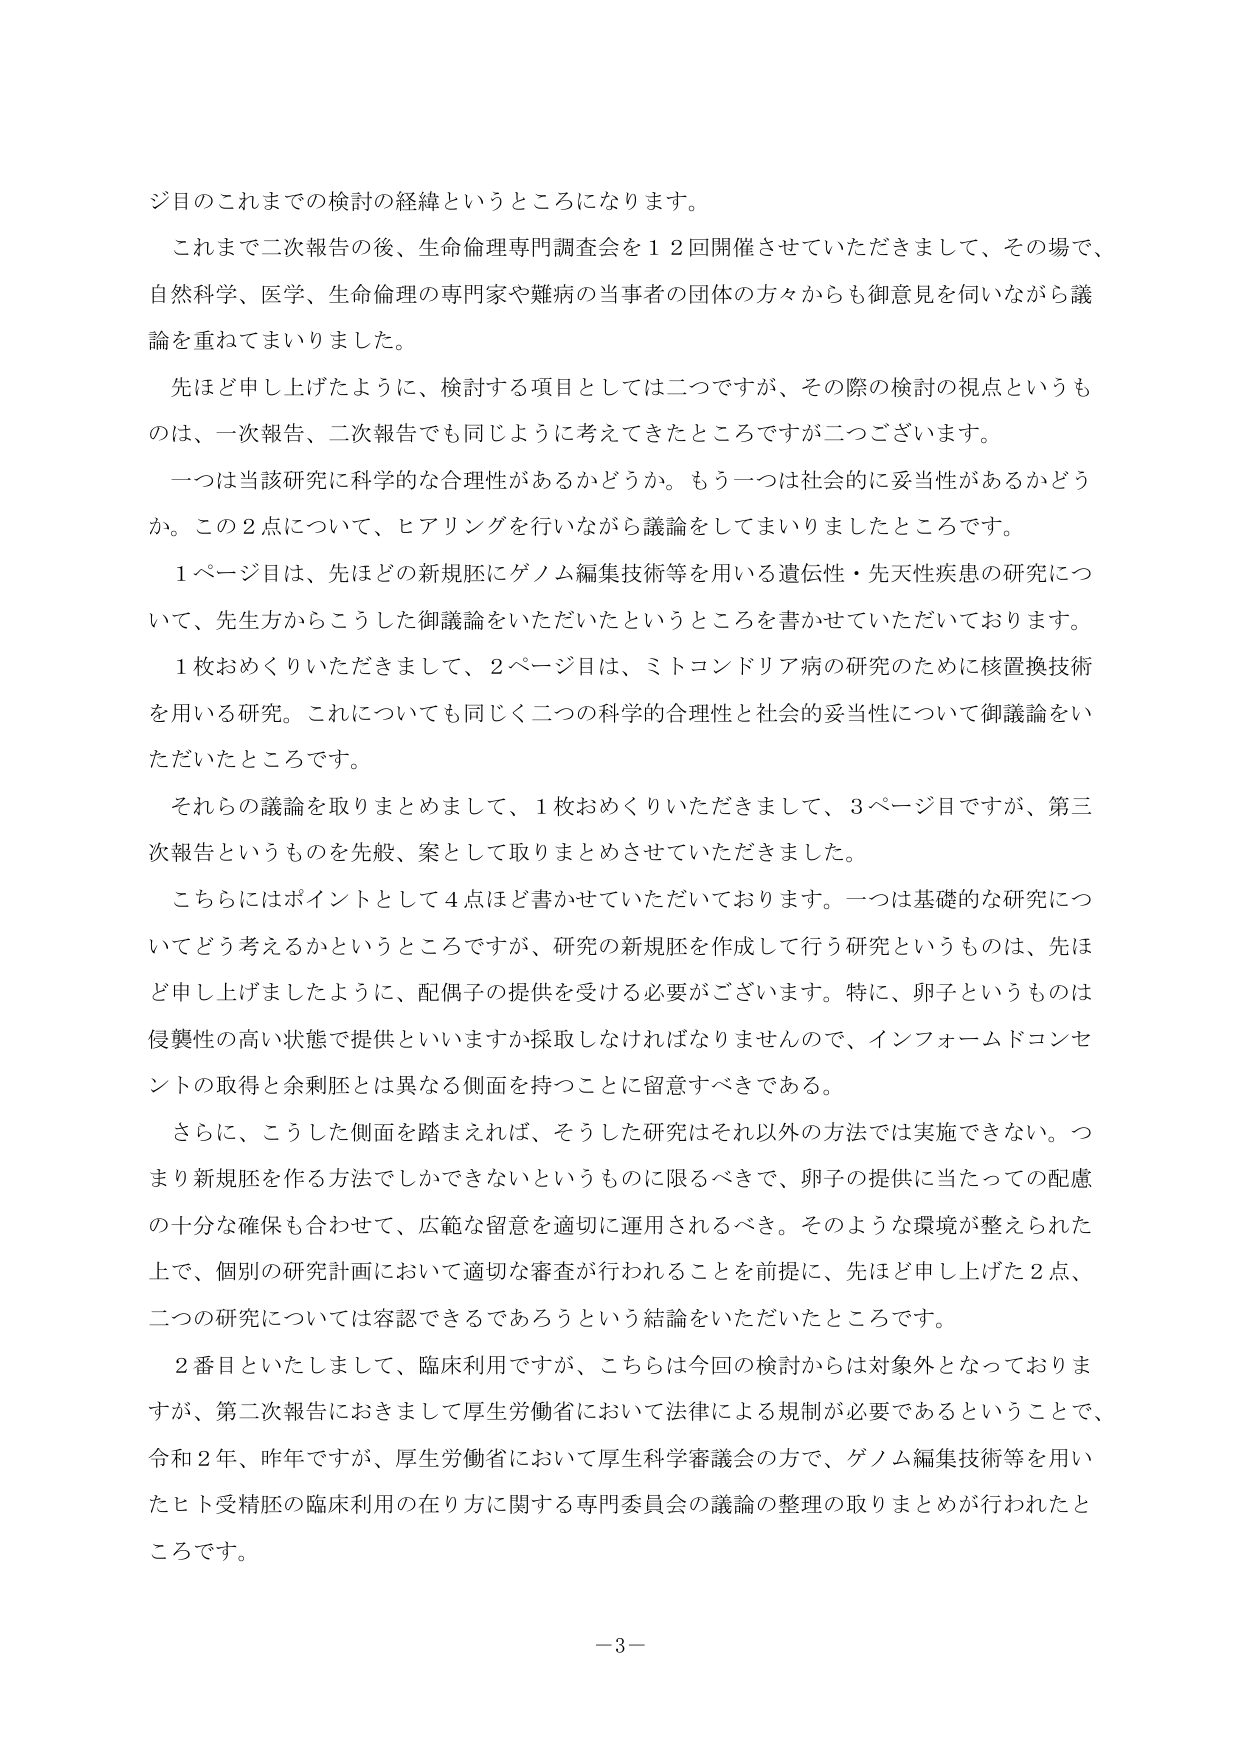
ジ目のこれまでの検討の経緯というところになります。

これまで二次報告の後、生命倫理専門調査会を１２回開催させていただきまして、その場で、自然科学、医学、生命倫理の専門家や難病の当事者の団体の方々からも御意見を伺いながら議論を重ねてまいりました。

先ほど申し上げたように、検討する項目としては二つですが、その際の検討の視点というものは、一次報告、二次報告でも同じように考えてきたところですが二つございます。

一つは当該研究に科学的な合理性があるかどうか。もう一つは社会的に妥当性があるかどうか。この２点について、ヒアリングを行いながら議論をしてまいりましたところです。

１ページ目は、先ほどの新規胚にゲノム編集技術等を用いる遺伝性・先天性疾患の研究について、先生方からこうした御議論をいただいたというところを書かせていただいております。

１枚おめくりいただきまして、２ページ目は、ミトコンドリア病の研究のために核置換技術を用いる研究。これについても同じく二つの科学的合理性と社会的妥当性について御議論をいただいたところです。

それらの議論を取りまとめまして、１枚おめくりいただきまして、３ページ目ですが、第三次報告というものを先般、案として取りまとめさせていただきました。

こちらにはポイントとして４点ほど書かせていただいております。一つは基礎的な研究についてどう考えるかというところですが、研究の新規胚を作成して行う研究というものは、先ほど申し上げましたように、配偶子の提供を受ける必要があります。特に、卵子というものは侵襲性の高い状態で提供といいますか採取しなければなりませんので、インフォームドコンセントの取得と余剰胚とは異なる側面を持つことに留意すべきである。

さらに、こうした側面を踏まえれば、そうした研究はそれ以外の方法では実施できない。つまり新規胚を作る方法でしかできないというものに限るべきで、卵子の提供に当たっての配慮の十分な確保も合わせて、広範な留意を適切に運用されるべき。そのような環境が整えられた上で、個別の研究計画において適切な審査が行われることを前提に、先ほど申し上げた２点、二つの研究については容認できるであろうという結論をいただいたところです。

２番目といたしまして、臨床利用ですが、こちらは今回の検討からは対象外となっておりますが、第二次報告におきまして厚生労働省において法律による規制が必要であるということで、令和２年、昨年ですが、厚生労働省において厚生科学審議会の方で、ゲノム編集技術等を用いたヒト受精胚の臨床利用の在り方に関する専門委員会の議論の整理の取りまとめが行われたところです。

－３－